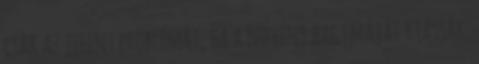
csak az jelent problémát, ha a növény hagymáját kiássák.